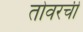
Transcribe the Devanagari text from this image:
तोवरची